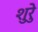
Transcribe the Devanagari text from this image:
शुरेु